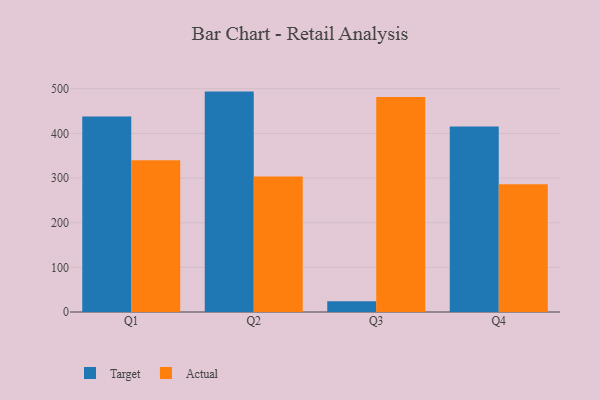
{"axis": {"x": "Quarter", "y": "Temperature (°C)"}, "legend": ["Actual", "Target"], "data": [{"x": "Q1", "y": 438.1, "type": "Target"}, {"x": "Q1", "y": 340.2, "type": "Actual"}, {"x": "Q2", "y": 493.7, "type": "Target"}, {"x": "Q2", "y": 303.6, "type": "Actual"}, {"x": "Q3", "y": 23.9, "type": "Target"}, {"x": "Q3", "y": 481.4, "type": "Actual"}, {"x": "Q4", "y": 415.5, "type": "Target"}, {"x": "Q4", "y": 286.1, "type": "Actual"}]}